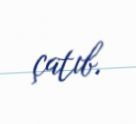
çatıb.